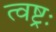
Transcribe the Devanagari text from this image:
त्वष्ट्रः